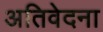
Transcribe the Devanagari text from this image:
अतिवेदना